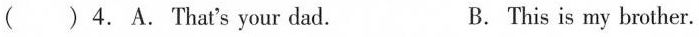
( )4.A.That's your dad. B. This is my brother.